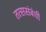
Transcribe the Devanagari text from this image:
तत्ससंबंधी